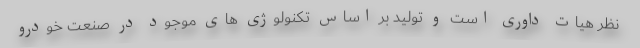
نظر هیات داوری است و تولید بر اساس تکنولوژی های موجود در صنعت خودرو